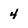
Character: 4